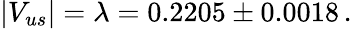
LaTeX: |V_{us}|=\lambda=0.2205\pm 0.0018\, .